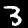
Label: 3